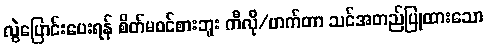
လွဲပြောင်းပေးရန် စိတ်မဝင်စားဘူး ကီလို/ဟက်တာ သင်အတည်ပြုထားသော